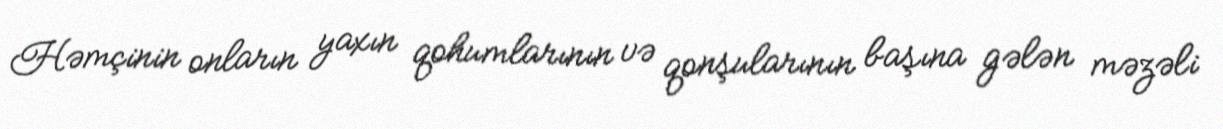
Həmçinin onların yaxın qohumlarının və qonşularının başına gələn məzəli